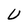
Character: U